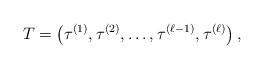
LaTeX: \begin{align*}T=\left( \tau^{(1)},\tau^{(2)},\ldots,\tau^{(\ell-1)},\tau^{(\ell)} \right),\end{align*}